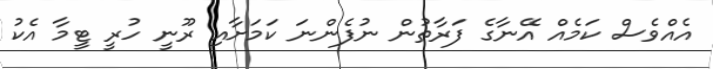
އެއްވެސް ކަމެއް އޭނާގެ ފަރާތުން ނުފެންނަ ކަމަށާއި ރޫނީ ހުރީ ޓީމާ އެކު